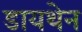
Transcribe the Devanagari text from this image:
डायथेन